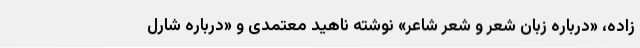
‌زاده، «درباره زبان شعر و شعر شاعر» نوشته ناهید معتمدی و «درباره شارل